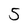
Character: 5